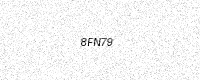
Text: 8FN79